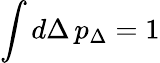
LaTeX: \int d\Delta\, p_{\Delta}=1